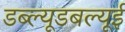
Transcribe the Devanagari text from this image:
डब्ल्यूडबल्यूई